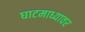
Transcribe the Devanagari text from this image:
घाटमाध्यावर